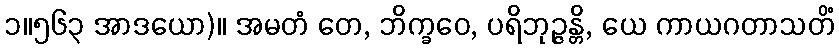
၁။၅၆၃ အာဒယော)။ အမတံ တေ, ဘိက္ခဝေ, ပရိဘုဉ္ဇန္တိ, ယေ ကာယဂတာသတိံ